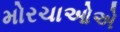
મોરચાઓએ